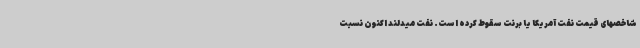
شاخصهای قیمت نفت آمریکا یا برنت سقوط کرده است. نفت میدلند اکنون نسبت